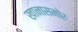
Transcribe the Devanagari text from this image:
खानासमोर